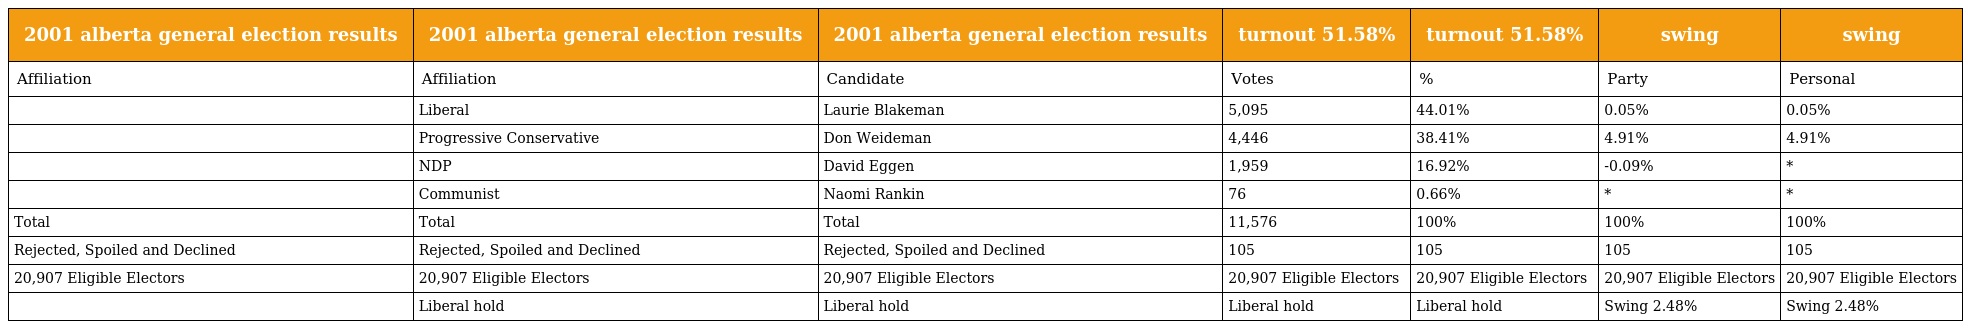
| 2001 alberta general election results | 2001 alberta general election results | 2001 alberta general election results | turnout 51.58% | turnout 51.58% | swing | swing |
 | --- | --- | --- | --- | --- | --- | --- |
 | Affiliation | Affiliation | Candidate | Votes | % | Party | Personal |
 |  | Liberal | Laurie Blakeman | 5,095 | 44.01% | 0.05% | 0.05% |
 |  | Progressive Conservative | Don Weideman | 4,446 | 38.41% | 4.91% | 4.91% |
 |  | NDP | David Eggen | 1,959 | 16.92% | -0.09% | * |
 |  | Communist | Naomi Rankin | 76 | 0.66% | * | * |
 | Total | Total | Total | 11,576 | 100% | 100% | 100% |
 | Rejected, Spoiled and Declined | Rejected, Spoiled and Declined | Rejected, Spoiled and Declined | 105 | 105 | 105 | 105 |
 | 20,907 Eligible Electors | 20,907 Eligible Electors | 20,907 Eligible Electors | 20,907 Eligible Electors | 20,907 Eligible Electors | 20,907 Eligible Electors | 20,907 Eligible Electors |
 |  | Liberal hold | Liberal hold | Liberal hold | Liberal hold | Swing 2.48% | Swing 2.48% |